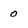
Character: 0